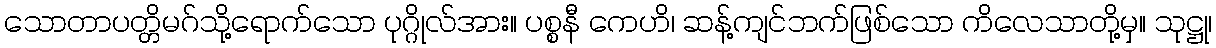
သောတာပတ္တိမဂ်သို့ရောက်သော ပုဂ္ဂိုလ်အား။ ပစ္စနီ ကေဟိ၊ ဆန့်ကျင်ဘက်ဖြစ်သော ကိလေသာတို့မှ။ သုဋ္ဌု၊